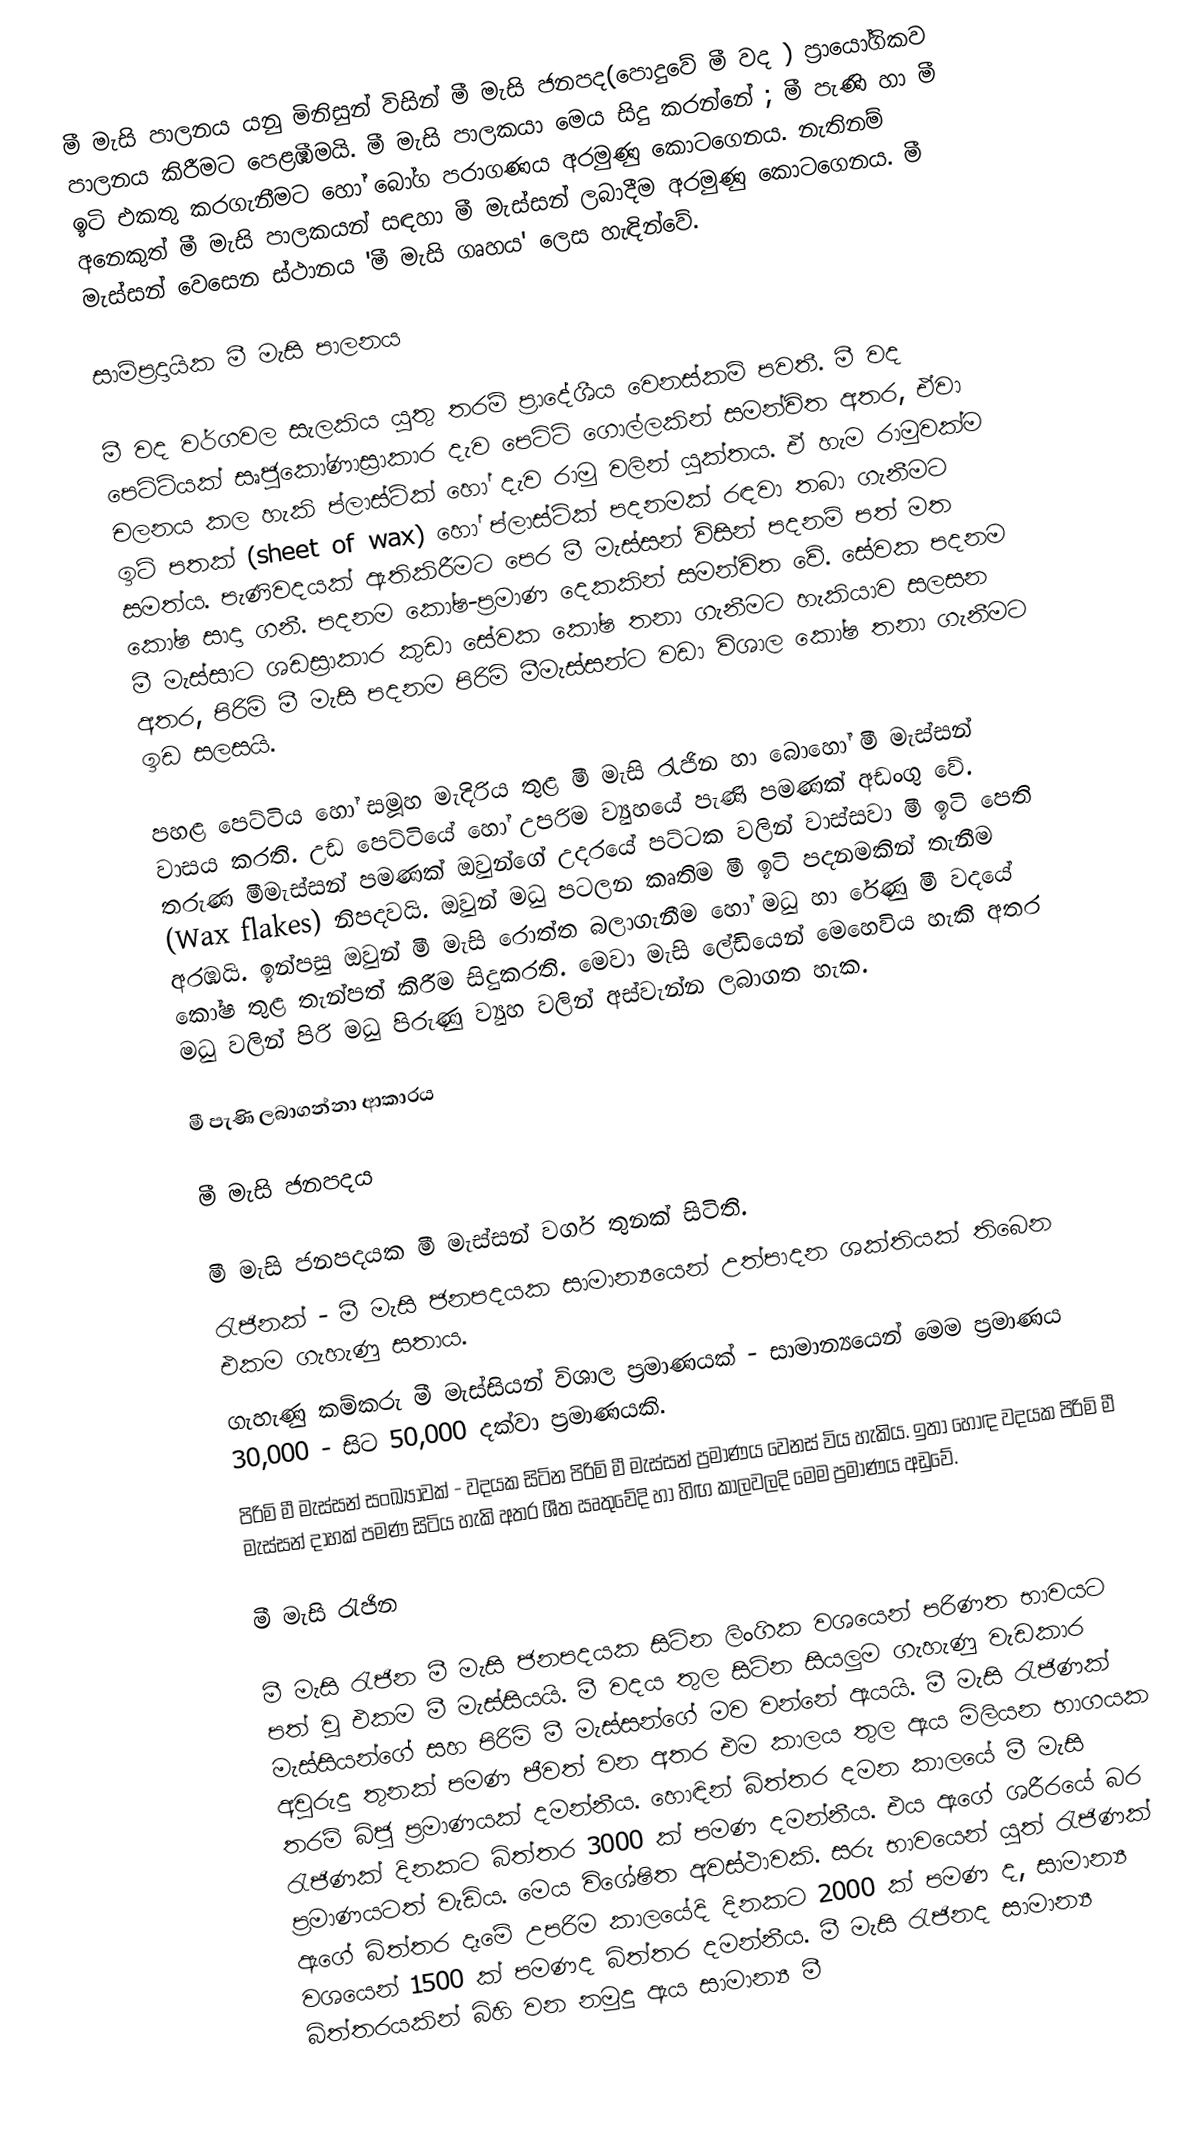
මී මැසි පාලනය යනු මිනිසුන් විසින් මී මැසි ජනපද(පොදුවේ මී වද ) ප්‍රායෝගිකව පාලනය කිරීමට පෙළඹීමයි. මී මැසි පාලකයා මෙය සිදු කරන්නේ ; මී පැණි හා මී ඉටි එකතු කරගැනීමට හෝ බෝග පරාගණය අරමුණු කොටගෙනය. නැතිනම් අනෙකුත් මී මැසි පාලකයන් සඳහා මී මැස්සන් ලබාදීම අරමුණු කොටගෙනය. මී මැස්සන් වෙසෙන ස්ථානය 'මී මැසි ගෘහය' ලෙස හැඳින්වේ.

සාම්ප්‍රදායික මී මැසි පාලනය

මී වද වර්ගවල සැලකිය යුතු තරම් ප්‍රාදේශීය වෙනස්කම් පවතී. මී වද පෙට්ටියක් සෘජුකෝණාස්‍රාකාර දැව පෙට්ටි ගොල්ලකින් සමන්විත අතර, ඒවා චලනය කල හැකි ප්ලාස්ටික් හෝ දැව රාමු වලින් යුක්තය. ඒ හැම රාමුවක්ම ඉටි පතක් (sheet of wax) හෝ ප්ලාස්ටික් පදනමක් රඳවා තබා ගැනීමට සමත්ය. පැණිවදයක් ඇතිකිරීමට පෙර මී මැස්සන් විසින් පදනම් පත් මත කෝෂ සාදා ගනී. පදනම කෝෂ-ප්‍රමාණ දෙකකින් සමන්විත වේ. සේවක පදනම මී මැස්සාට ශඩස්‍රාකාර කුඩා සේවක ‍කෝෂ තනා ගැනීමට හැකියාව සලසන අතර, පිරිමි මී මැසි පදනම පිරිමි මීමැස්සන්ට වඩා විශාල කෝෂ තනා ගැනීමට ඉඩ සලසයි.

පහළ පෙට්ටිය හෝ සමූහ  මැදිරිය තුළ මී මැසි රැජින හා බොහෝ මී මැස්සන් වාසය කරති. උඩ පෙට්ටියේ හෝ උපරිම ව්‍යුහයේ පැණි පමණක් අඩංගු වේ. තරුණ මීමැස්සන් පමණක් ඔවුන්ගේ උදරයේ පට්ටක වලින් වාස්සවා මී ඉටි පෙති (Wax flakes) නිපදවයි. ඔවුන් මධු පටලන කෘතිම මී ඉටි පදනමකින් තැනීම අරඹයි. ඉන්පසු ඔවුන් මී මැසි රොත්ත බලාගැනීම හෝ මධු හා රේණු මී වදයේ කෝෂ තුළ තැන්පත් කිරීම සිදුකරති. මෙවා මැසි ලේඩියෙන් මෙහෙවිය හැකි අතර මධු වලින් පිරි මධු පිරුණු ව්‍යුහ වලින් අස්වැන්න ලබාගත හැක.

මී පැණි ලබාගන්නා ආකාරය

මී මැසි ජනපදය

මී මැසි ජනපදයක මී මැස්සන් වර්ග තුනක් සිටිති.
 රැජිනක් - මී මැසි ජනපදයක සාමාන්‍යයෙන් උත්පාදන ශක්තියක් තිබෙන එකම ගැහැණු සතාය.
 ගැහැණු කම්කරු මී මැස්සියන් විශාල ප්‍රමාණයක් - සාමාන්‍යයෙන් මෙම ප්‍රමාණය 30,000 - සිට 50,000 දක්වා ප්‍රමාණයකි.
 පිරිමි මී මැස්සන් සංඛ්‍යාවක් - වදයක සිටින පිරිමි මී මැස්සන් ප්‍රමාණය වෙනස් විය හැකිය. ඉතා හොඳ වදයක පිරිමි මී මැස්සන් දාහක් පමණ සිටිය හැකි අතර ශීත ඍතුවේදි හා හිඟ කාලවලදි මෙම ප්‍රමාණය අඩුවේ.

මී මැසි රැජින

මී මැසි රැජින මී මැසි ජනපදයක සිටින ලිංගික වශයෙන් පරිණත භාවයට පත් වූ එකම මී මැස්සියයි. මී වදය තුල සිටින සියලුම ගැහැණු වැඩකාර මැස්සියන්ගේ සහ පිරිමි මී මැස්සන්ගේ මව වන්නේ ඇයයි. මී මැසි රැජිණක් අවුරුදු තුනක් පමණ ජීවත් වන අතර එම කාලය තුල ඇය මිලියන භාගයක තරම් බිජු ප්‍රමාණයක් දමන්නීය. හොඳින් බිත්තර දමන කාලයේ මී මැසි රැජිණක් දිනකට බිත්තර 3000 ක් පමණ දමන්නීය. එය ඇගේ ශරීරයේ බර ප්‍රමාණයටත් වැඩිය. මෙය විශේෂිත අවස්ථාවකි. සරු භාවයෙන් යුත් රැජිණක් ඇගේ බිත්තර දෑමේ උපරිම කාලයේදි දිනකට 2000 ක් පමණ ද, සාමාන්‍ය වශයෙන් 1500 ක් පමණද බිත්තර දමන්නීය. මී මැසි රැජිනද සාමාන්‍ය බිත්තරයකින් බිහි වන නමුදු ඇය සාමාන්‍ය මී